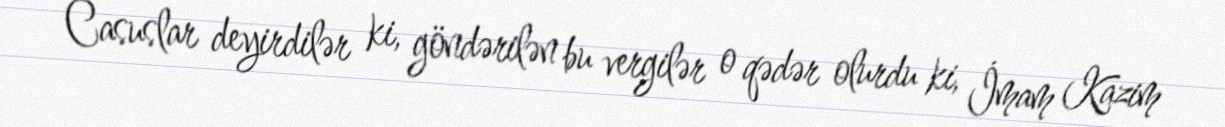
Casuslar deyirdilər ki, göndərilən bu vergilər o qədər olurdu ki, İmam Kazim